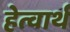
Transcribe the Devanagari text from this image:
हेत्वार्थ